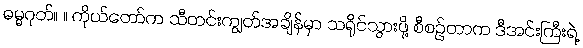
ဓမ္မဂုတ်။ ။ ကိုယ်တော်က သီတင်းကျွတ်အချိန်မှာ သရိုင်သွားဖို့ စီစဉ်တာက ဒီအင်းကြီးရဲ့